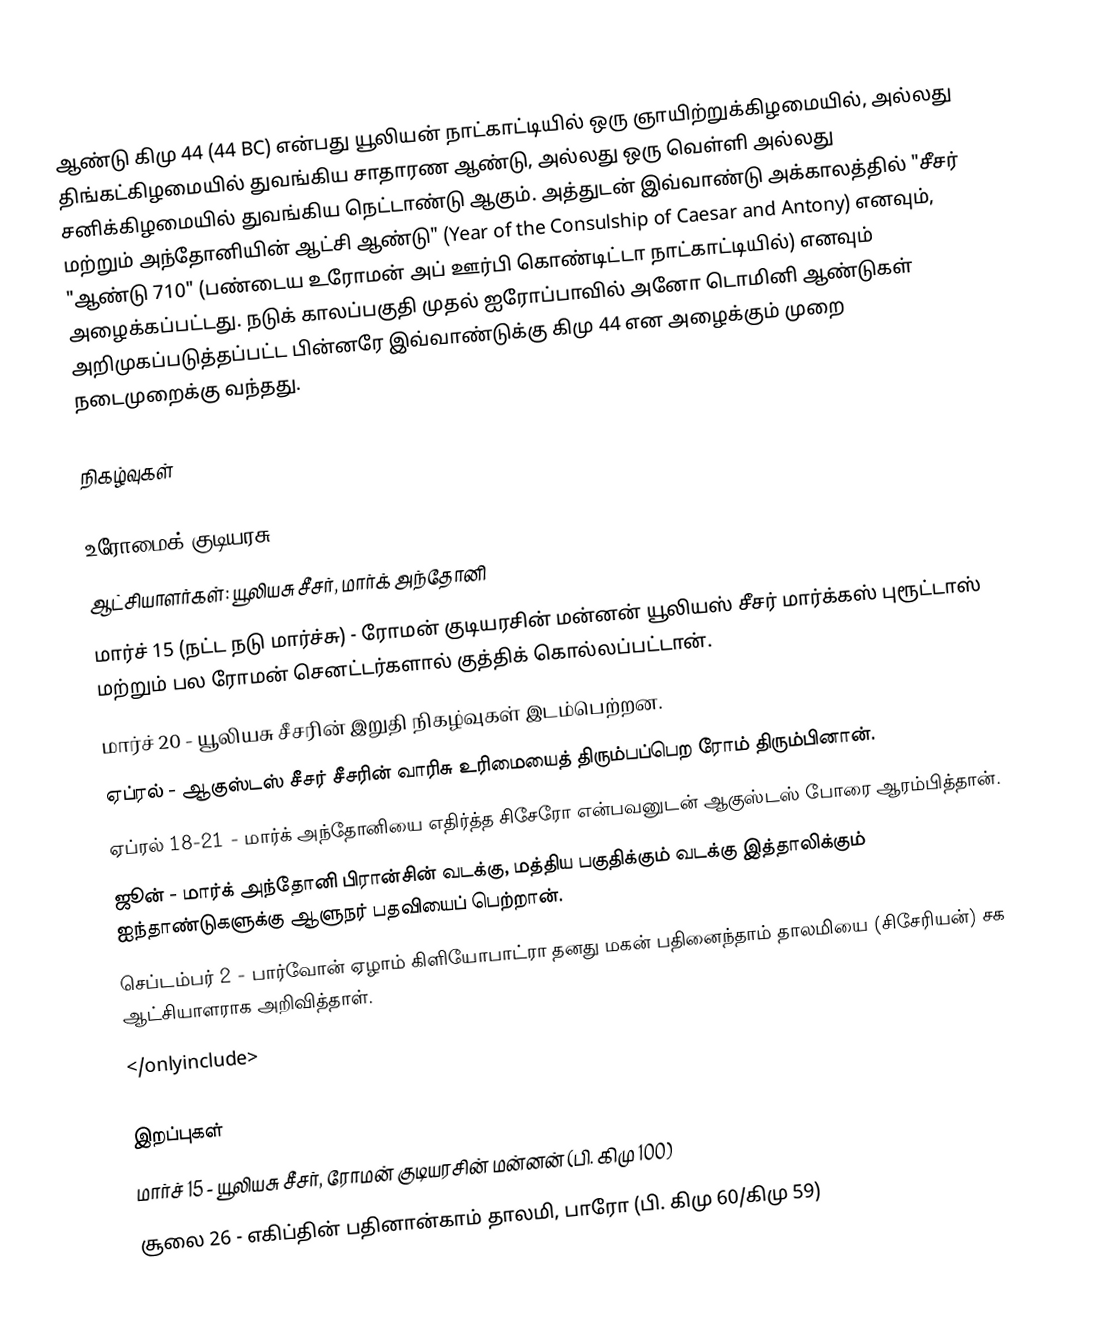

ஆண்டு கிமு 44 (44 BC) என்பது யூலியன் நாட்காட்டியில் ஒரு ஞாயிற்றுக்கிழமையில், அல்லது திங்கட்கிழமையில் துவங்கிய சாதாரண ஆண்டு, அல்லது ஒரு வெள்ளி அல்லது சனிக்கிழமையில் துவங்கிய நெட்டாண்டு ஆகும். அத்துடன் இவ்வாண்டு அக்காலத்தில் "சீசர் மற்றும் அந்தோனியின் ஆட்சி ஆண்டு" (Year of the Consulship of Caesar and Antony) எனவும், "ஆண்டு 710" (பண்டைய உரோமன் அப் ஊர்பி கொண்டிட்டா நாட்காட்டியில்) எனவும் அழைக்கப்பட்டது. நடுக் காலப்பகுதி முதல் ஐரோப்பாவில் அனோ டொமினி ஆண்டுகள் அறிமுகப்படுத்தப்பட்ட பின்னரே இவ்வாண்டுக்கு கிமு 44 என அழைக்கும் முறை நடைமுறைக்கு வந்தது.

நிகழ்வுகள்

உரோமைக் குடியரசு
 ஆட்சியாளர்கள்: யூலியசு சீசர், மார்க் அந்தோனி
 மார்ச் 15 (நட்ட நடு மார்ச்சு) - ரோமன் குடியரசின் மன்னன் யூலியஸ் சீசர் மார்க்கஸ் புரூட்டாஸ் மற்றும் பல ரோமன் செனட்டர்களால் குத்திக் கொல்லப்பட்டான்.
 மார்ச் 20 - யூலியசு சீசரின் இறுதி நிகழ்வுகள் இடம்பெற்றன.
 ஏப்ரல் - ஆகுஸ்டஸ் சீசர் சீசரின் வாரிசு உரிமையைத் திரும்பப்பெற ரோம் திரும்பினான்.
 ஏப்ரல் 18-21 - மார்க் அந்தோனியை எதிர்த்த சிசேரோ என்பவனுடன் ஆகுஸ்டஸ் போரை ஆரம்பித்தான்.
 ஜூன் - மார்க் அந்தோனி பிரான்சின் வடக்கு, மத்திய பகுதிக்கும் வடக்கு இத்தாலிக்கும் ஐந்தாண்டுகளுக்கு ஆளுநர் பதவியைப் பெற்றான்.
 செப்டம்பர் 2 - பார்வோன் ஏழாம் கிளியோபாட்ரா தனது மகன் பதினைந்தாம் தாலமியை (சிசேரியன்) சக ஆட்சியாளராக அறிவித்தாள்.
</onlyinclude>

இறப்புகள்
 மார்ச் 15 - யூலியசு சீசர், ரோமன் குடியரசின் மன்னன் (பி. கிமு 100)
 சூலை 26 - எகிப்தின் பதினான்காம் தாலமி, பாரோ (பி. கிமு 60/கிமு 59)